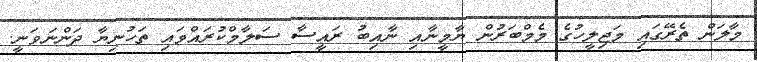
މާލަން ތެރޭގައި މަޖިލީހުގެ މެމްބަރުން ޔާމީނާއި ނާއިބު ރައީސާ ސަލާމްކުރައްވައި ތަހުނިޔާ ދަންނަވަނީ.